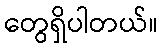
တွေရှိပါတယ်။